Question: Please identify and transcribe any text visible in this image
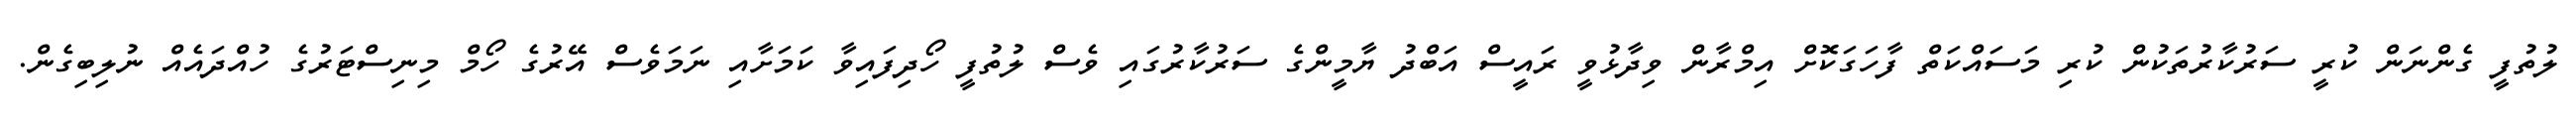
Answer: ލުތުފީ ގެންނަން ކުރީ ސަރުކާރުތަކުން ކުރި މަސައްކަތް ފާހަގަކޮށް އިމްރާން ވިދާޅުވީ ރައީސް އަބްދު ޔާމީންގެ ސަރުކާރުގައި ވެސް ލުތުފީ ހޯދިފައިވާ ކަމަށާއި ނަމަވެސް އޭރުގެ ހޯމް މިނިސްޓަރުގެ ހުއްދައެއް ނުލިބިގެން.